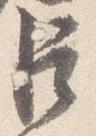
臣